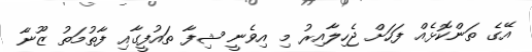
އޭގެ ތަންކޮޅެއް ފަހަށް ޖެހިލާއިރު މި އިވެނީ ޝިފާ ތައުފީގާއި ފާތުމަތު ޒޫނާ